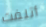
أتلفت